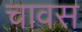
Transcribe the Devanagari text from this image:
चावस